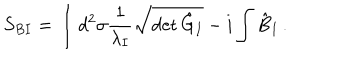
S _ { B I } = \int d ^ { 2 } \sigma \frac { 1 } { \lambda _ { I } } \sqrt { \det { \hat { G } } _ { I } } - i \int \hat { B } _ { I } \, .